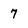
Character: 7